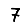
Digit: 7